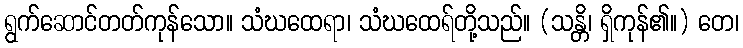
ရွက်ဆောင်တတ်ကုန်သော။ သံဃထေရာ၊ သံဃထေရ်တို့သည်။ (သန္တိ၊ ရှိကုန်၏။) တေ၊